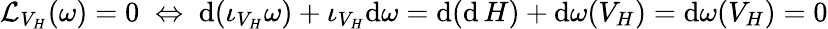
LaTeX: {\mathcal{L}}_{V_{H}}(\omega)=0\; \Leftrightarrow\; \mathrm{d}(\iota_{V_{H}}\omega)+\iota_{V_{H}}\mathrm{d}\omega=\mathrm{d}(\mathrm{d}\, H)+\mathrm{d}\omega(V_{H})=\mathrm{d}\omega(V_{H})=0